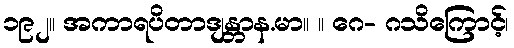
၁၉၂။ အကာရပိတာဒျန္တာန.မာ။ ။ ဂေ- ဂသိကြောင့်၊